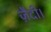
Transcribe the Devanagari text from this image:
ज़ैदी।